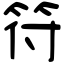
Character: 符